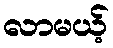
လာမယ့်